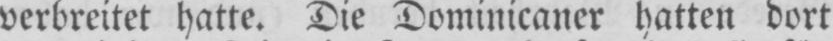
verbreitet hatte. Die Dominicaner hatten dort